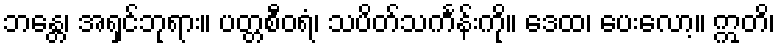
ဘန္တေ၊ အရှင်ဘုရား။ ပတ္တစီဝရံ၊ သပိတ်သင်္ကန်းကို။ ဒေထ၊ ပေးလော့။ ဣတိ၊